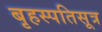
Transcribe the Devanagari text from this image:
बृहस्पतिसूत्र